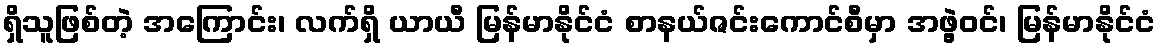
ရှိသူဖြစ်တဲ့ အကြောင်း၊ လက်ရှိ ယာယီ မြန်မာနိုင်ငံ စာနယ်ဇင်းကောင်စီမှာ အဖွဲ့ဝင်၊ မြန်မာနိုင်ငံ